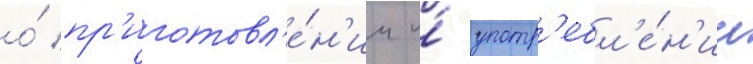
о́ пр'иготовл'е́н'ии и́ употр'ебл'е́н'ии